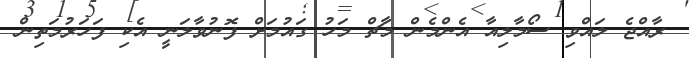
ރާއްޖެ ލައްވި ސޯމާލިއާ އެންމެން މާޗް މަހު ގައުމަށް ފޮނުވާލަނީ އެކި ފަހަރުމަތިން